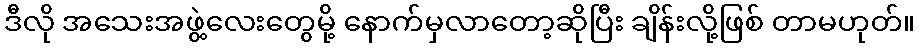
ဒီလို အသေးအဖွဲ့လေးတွေမို့ နောက်မှလာတော့ဆိုပြီး ချိန်းလို့ဖြစ် တာမဟုတ်။